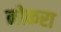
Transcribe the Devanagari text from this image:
नोकरा